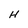
Character: H